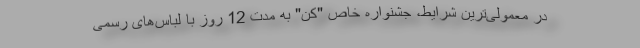
در معمولی‌ترین شرایط، جشنواره خاص "کن" به مدت 12 روز با لباس‌های رسمی